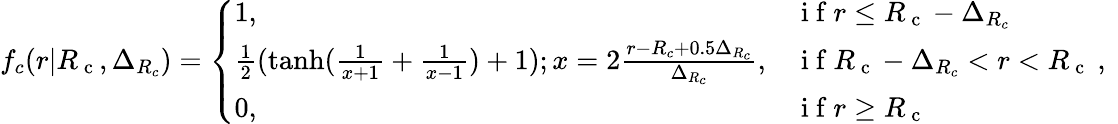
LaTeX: f_{c}(r|{R_{\mathrm{~c~}}},\Delta_{R_{c}})=\left\{ \begin{array}{ll}{1,}&{\mathrm{~i~f~}r\leq{R_{\mathrm{~c~}}}-\Delta_{R_{c}}}\\ {\frac{1}{2}(\operatorname{tanh}(\frac{1}{x+1}+\frac{1}{x-1})+1);x=2\frac{r-R_{c}+0.5\Delta_{R_{c}}}{\Delta_{R_{c}}},}&{\mathrm{~i~f~}{R_{\mathrm{~c~}}}-\Delta_{R_{c}}<r<{R_{\mathrm{~c~}}}}\\ {0,}&{\mathrm{~i~f~}r\geq{R_{\mathrm{~c~}}}}\end{array}\right.\mathrm{~,~}